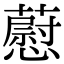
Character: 藯